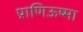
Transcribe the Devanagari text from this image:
प्राणिऊष्मा